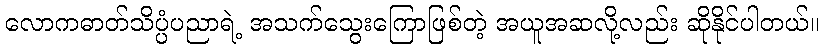
လောကဓာတ်သိပ္ပံပညာရဲ့ အသက်သွေးကြောဖြစ်တဲ့ အယူအဆလို့လည်း ဆိုနိုင်ပါတယ်။